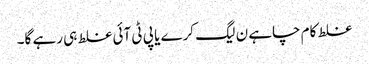
غلط کام چاہے ن لیگ کرے یا پی ٹی آئی غلط ہی رہے گا۔